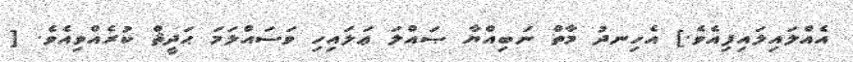
އެއްލައިލައިފިއެވެ.] އެހިނދު މާތް ނަބިއްޔާ ޞައްލަ ޢަލައިހި ވަސައްލަމަ ޙަދީޘް ކުރެއްވިއެވެ. [